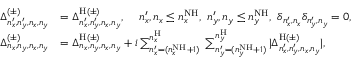
\begin{array} { r l } { \Delta _ { n _ { x } ^ { \prime } , n _ { y } ^ { \prime } , n _ { x } , n _ { y } } ^ { ( \pm ) } } & { = \Delta _ { n _ { x } ^ { \prime } , n _ { y } ^ { \prime } , n _ { x } , n _ { y } } ^ { \mathrm { H } ( \pm ) } , \, \, \, \, \, \, \, n _ { x } ^ { \prime } , n _ { x } \leq n _ { x } ^ { \mathrm { N H } } , \, \, n _ { y } ^ { \prime } , n _ { y } \leq n _ { y } ^ { \mathrm { N H } } , \, \, \delta _ { n _ { x } ^ { \prime } , n _ { x } } \delta _ { n _ { y } ^ { \prime } , n _ { y } } = 0 , } \\ { \Delta _ { n _ { x } , n _ { y } , n _ { x } , n _ { y } } ^ { ( \pm ) } } & { = \Delta _ { n _ { x } , n _ { y } , n _ { x } , n _ { y } } ^ { \mathrm { H } ( \pm ) } + i \sum _ { n _ { x } ^ { \prime } = ( n _ { x } ^ { \mathrm { N H } } + 1 ) } ^ { n _ { x } ^ { \mathrm { H } } } \; \sum _ { n _ { y } ^ { \prime } = ( n _ { y } ^ { \mathrm { N H } } + 1 ) } ^ { n _ { y } ^ { \mathrm { H } } } | \Delta _ { n _ { x } ^ { \prime } , n _ { y } ^ { \prime } , n _ { x } , n _ { y } } ^ { \mathrm { H } ( \pm ) } | , } \end{array}